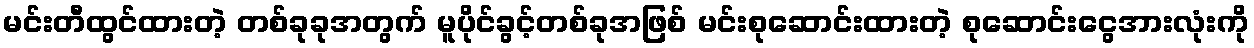
မင်းတီထွင်ထားတဲ့ တစ်ခုခုအတွက် မူပိုင်ခွင့်တစ်ခုအဖြစ် မင်းစုဆောင်းထားတဲ့ စုဆောင်းငွေအားလုံးကို